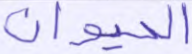
الحيوان